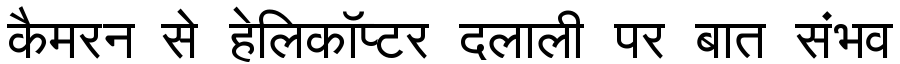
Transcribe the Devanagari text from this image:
कैमरन से हेलिकॉप्टर दलाली पर बात संभव